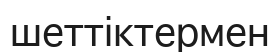
шеттіктермен